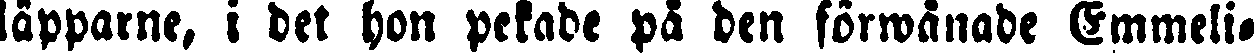
läpparne, i det hon pekade på den förwånade Emmeli-